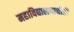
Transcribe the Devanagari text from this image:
महाविद्यालयाचीही